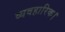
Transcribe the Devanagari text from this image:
व्यवहारिक।